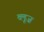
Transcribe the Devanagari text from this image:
व्लूज़